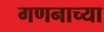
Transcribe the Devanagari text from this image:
गणनाच्या